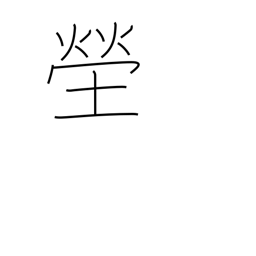
Meaning: cemetery